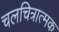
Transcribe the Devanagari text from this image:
चलचित्रात्मक